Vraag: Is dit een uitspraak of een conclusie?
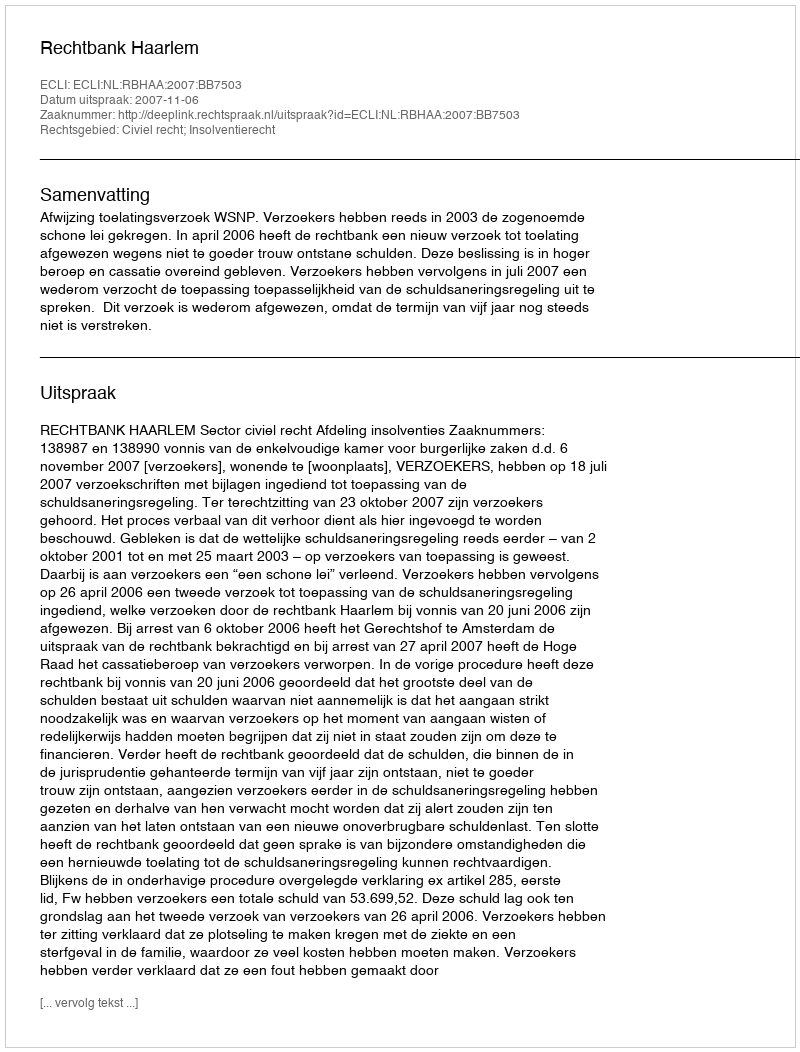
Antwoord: Uitspraak